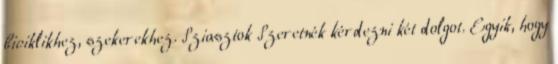
biciklikhez, szekerekhez. Sziasztok Szeretnék kérdezni két dolgot. Egyik, hogy